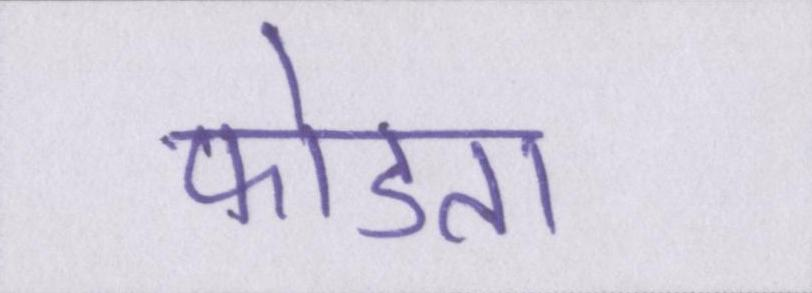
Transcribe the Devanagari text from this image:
फोडता